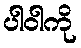
ပါဝါကို